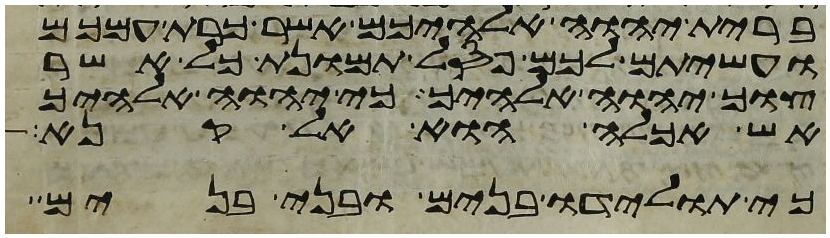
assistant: ברית יהוה אלהיכם אשר כרת עמכם
ועשיתם לכם פסל תמונת כל אשר
צוך יהוה אלהיך כי יהוה אלהיך
אש אכלה הוא אל קנא
כי תולידו בנים ובני בנים